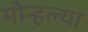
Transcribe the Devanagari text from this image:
मोर्‍हल्या